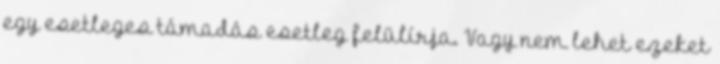
egy esetleges támadás esetleg felülírja. Vagy nem lehet ezeket